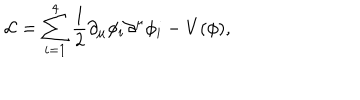
{ \cal L } = \sum _ { i = 1 } ^ { 4 } \frac { 1 } { 2 } \partial _ { \mu } \phi _ { i } \partial ^ { \mu } \phi _ { i } - V ( \phi ) ,